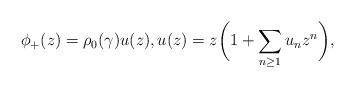
LaTeX: \begin{gather*}\phi_+(z)=\rho_0(\gamma)u(z),u(z)=z\bigg(1+\sum\limits_{n\ge1}u_nz^{n}\bigg),\end{gather*}